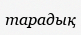
тарадық